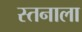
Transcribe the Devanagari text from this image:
स्तनाला